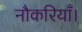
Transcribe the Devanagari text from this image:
नौकरियाँ।